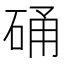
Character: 硧